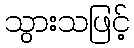
သွားသဖြင့်